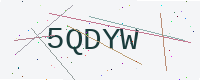
Text: 5QDYW